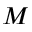
M